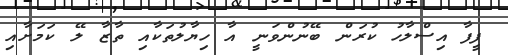
ފީފާ އިސްލާހު ކުރަން ބޭނުންވަނީ އާ ހިޔާލުތަކާއި ތާޒާ ލޭ ކަމަށާއި